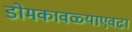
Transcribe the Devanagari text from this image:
डोमकावळ्याएवढा